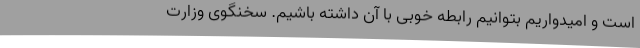
است و امیدواریم بتوانیم رابطه خوبی با آن داشته باشیم. سخنگوی وزارت